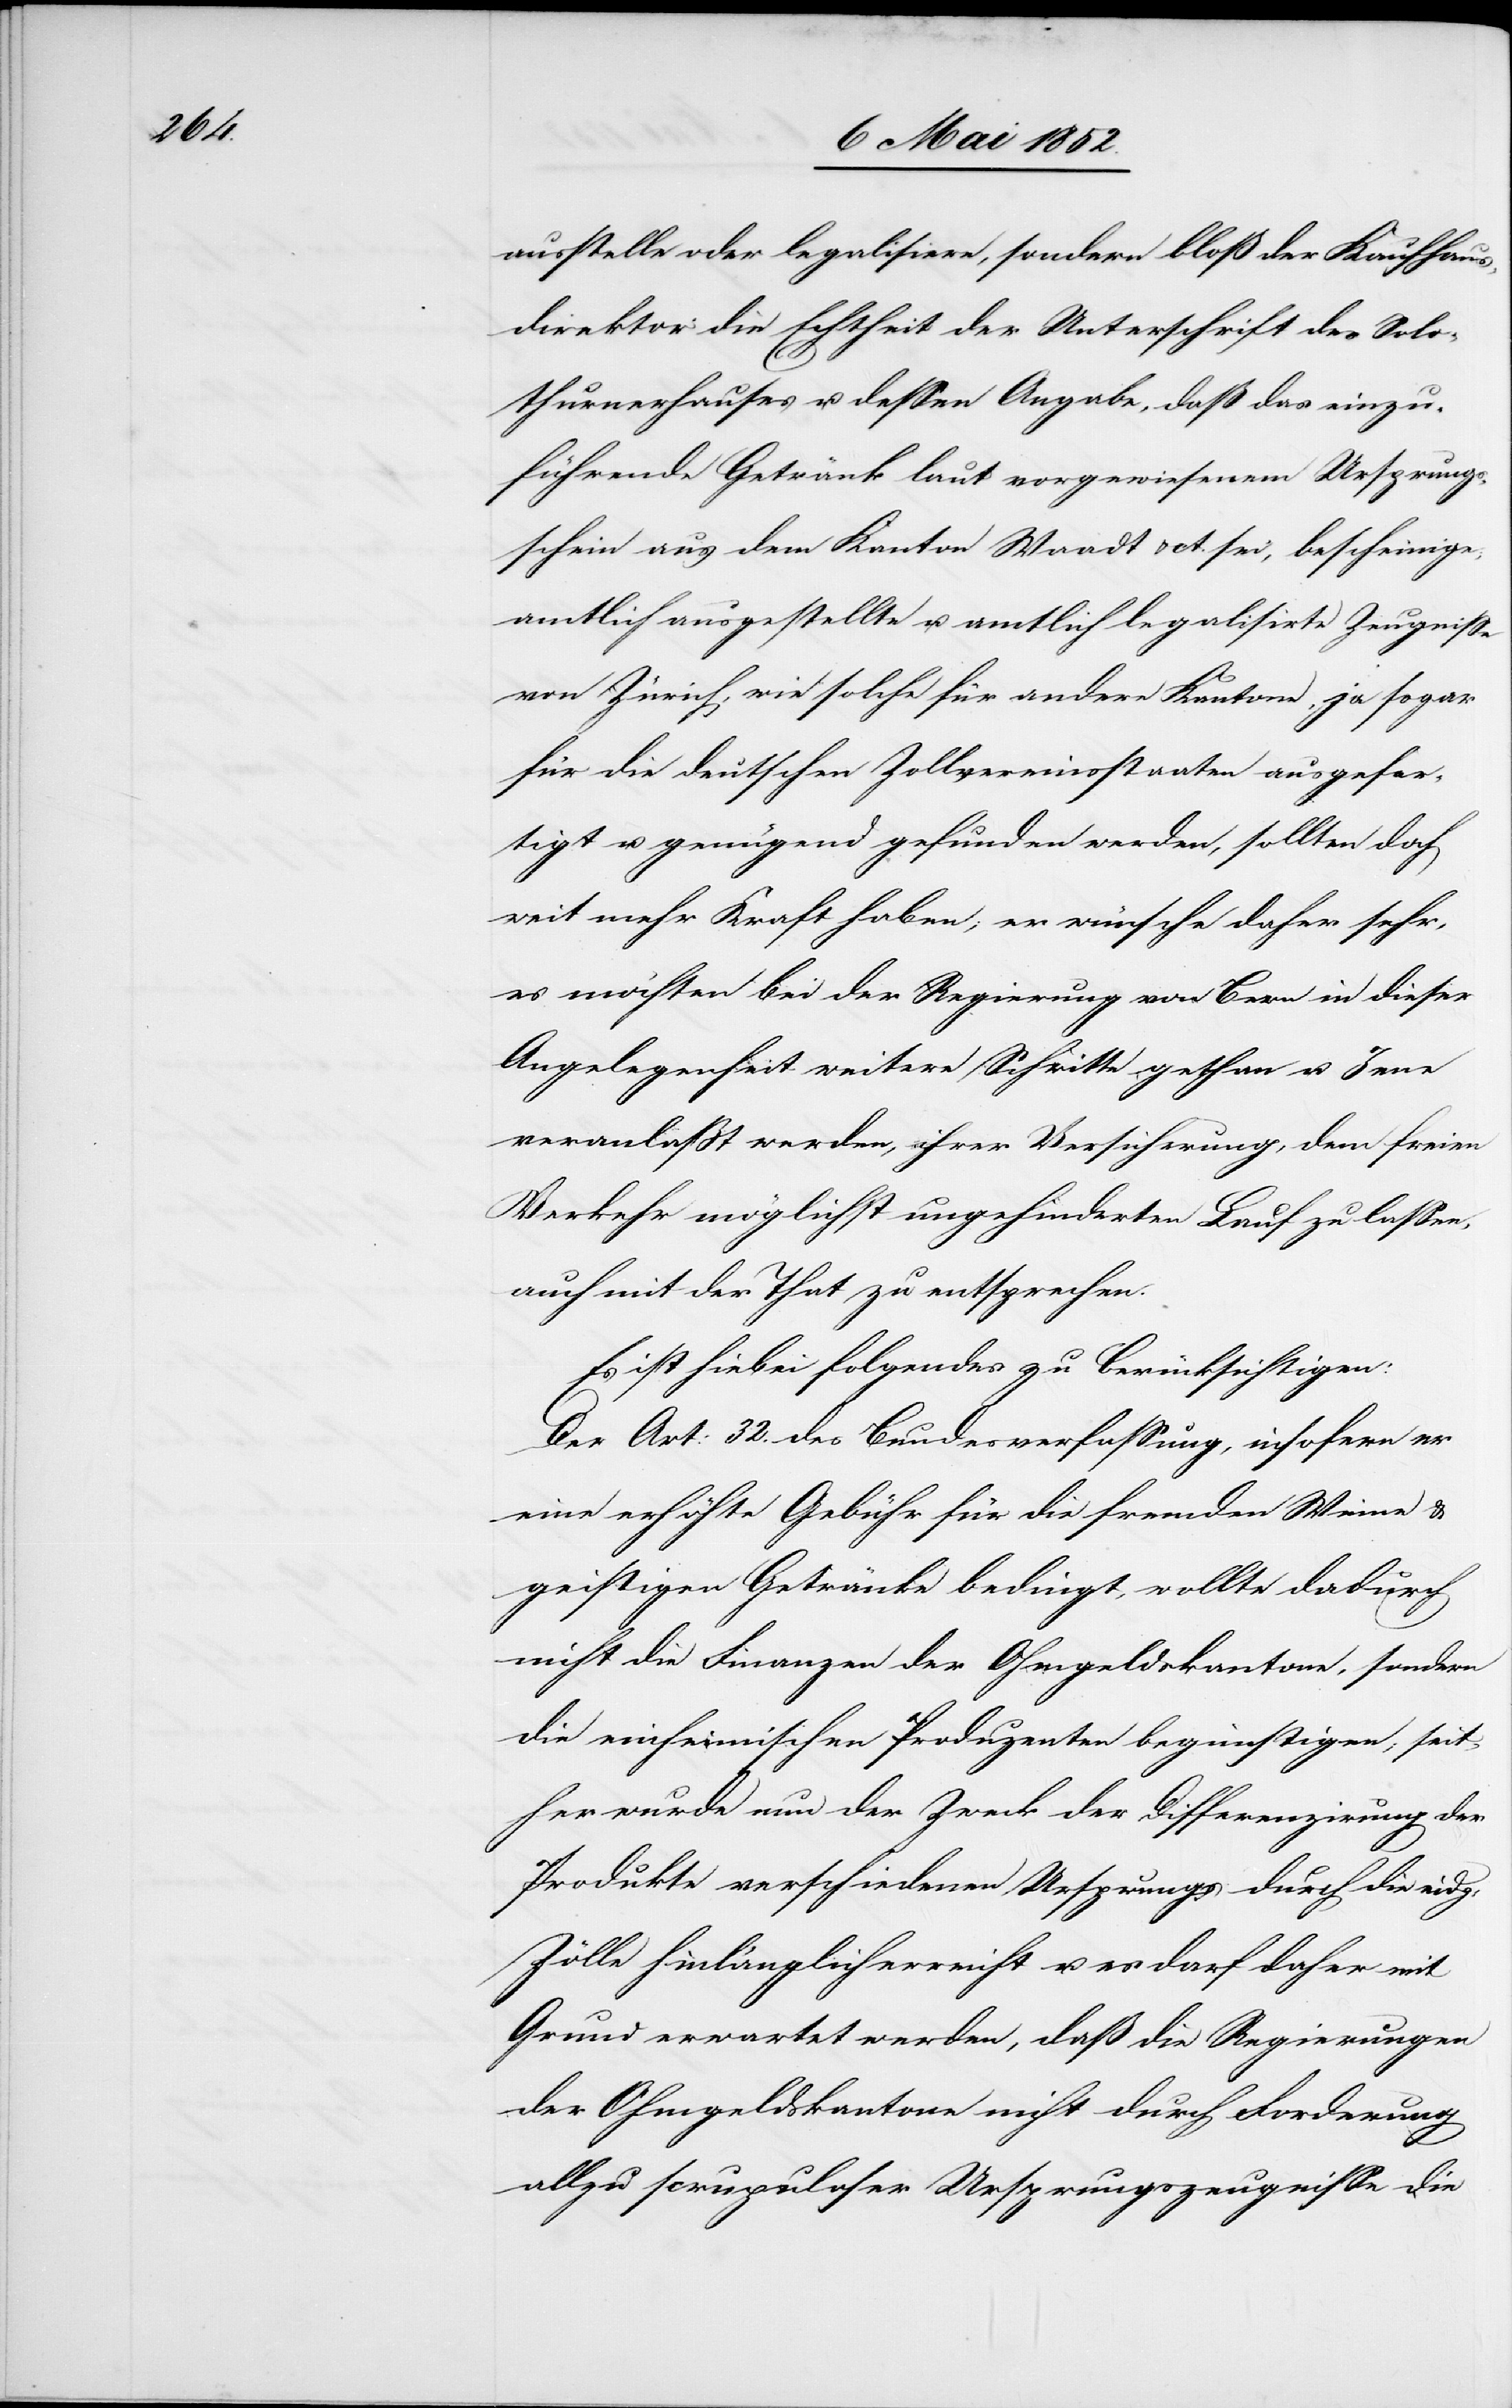
ausstelle oder legalisiere, sondern bloß der Kaufhaus¬
direktor die Echtheit der Unterschrift des Solo¬
thurnerhauses u. dessen Angabe, daß das einzu¬
führende Getränk laut vorgewiesenem Ursprungs¬
schein aus dem Kanton Waadt & ct. sei, bescheinige;
amtlich ausgestellte u. amtlich legalisirte Zeugnisse
von Zürich, wie solche für andere Kantone, ja sogar
für die deutschen Zollvereinsstaaten ausgefer¬
tigt u. genügend gefunden werden, sollten doch
weit mehr Kraft haben; er wünsche daher sehr,
es möchten bei der Regierung von Bern in dieser
Angelegenheit weitere Schritte gethan u. Jene
veranlasst werden, ihrer Versicherung, dem freien
Verkehr möglichst ungehinderten Lauf zu lassen,
auch mit der That zu entsprechen.
Es ist hiebei folgendes zu berücksichtigen:
Der Art: 32. des [sic!] Bundesverfassung, insofern er
eine erhöhte Gebühr für die fremden Weine &
geistigen Getränke bedingt, wollte dadurch
nicht die Finanzen der Ohmgeldskantone, sondern
die einheimischen Produzenten begünstigen; seit¬
her wurde nun der Zweck der Differenzirung der
Produkte verschiedenen Ursprungs durch die eidg:
Zölle hinlänglich erreicht u. es darf daher mit
Grund erwartet werden, daß die Regierungen
der Ohmgeldskantone nicht durch Forderung
allzu scrupuloser Ursprungszeugnisse die